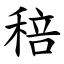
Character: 稖